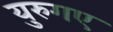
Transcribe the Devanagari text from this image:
युरुगए